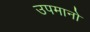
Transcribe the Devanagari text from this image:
उपमानो